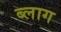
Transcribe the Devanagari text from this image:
ब्‍लाग